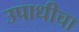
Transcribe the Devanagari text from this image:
उपाधीचा